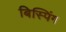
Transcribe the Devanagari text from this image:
बिस्पिंग